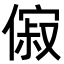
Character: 𬿟